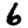
Digit: 6